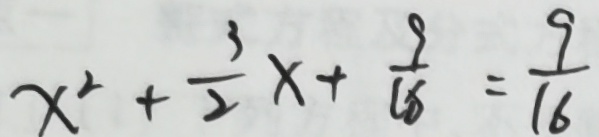
x ^ { 2 } + \frac { 3 } { 2 } x + \frac { 9 } { 1 6 } = \frac { 9 } { 1 6 }